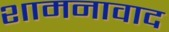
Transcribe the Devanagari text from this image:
शामनावाद